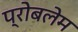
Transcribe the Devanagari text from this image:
प्रोबलेम